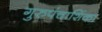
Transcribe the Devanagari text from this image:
गुरुपंचाशिंका